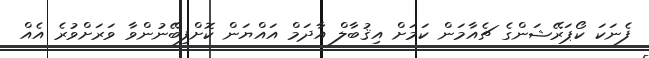
ފެނަކަ ކޯޕަރޭޝަންގެ ޗެއާމަން ކަމަށް އިޤުބާލް އާދަމް އައްޔަން ކޮށްފިބޭނުންވާ ވަރަށްވުރެ އެއް